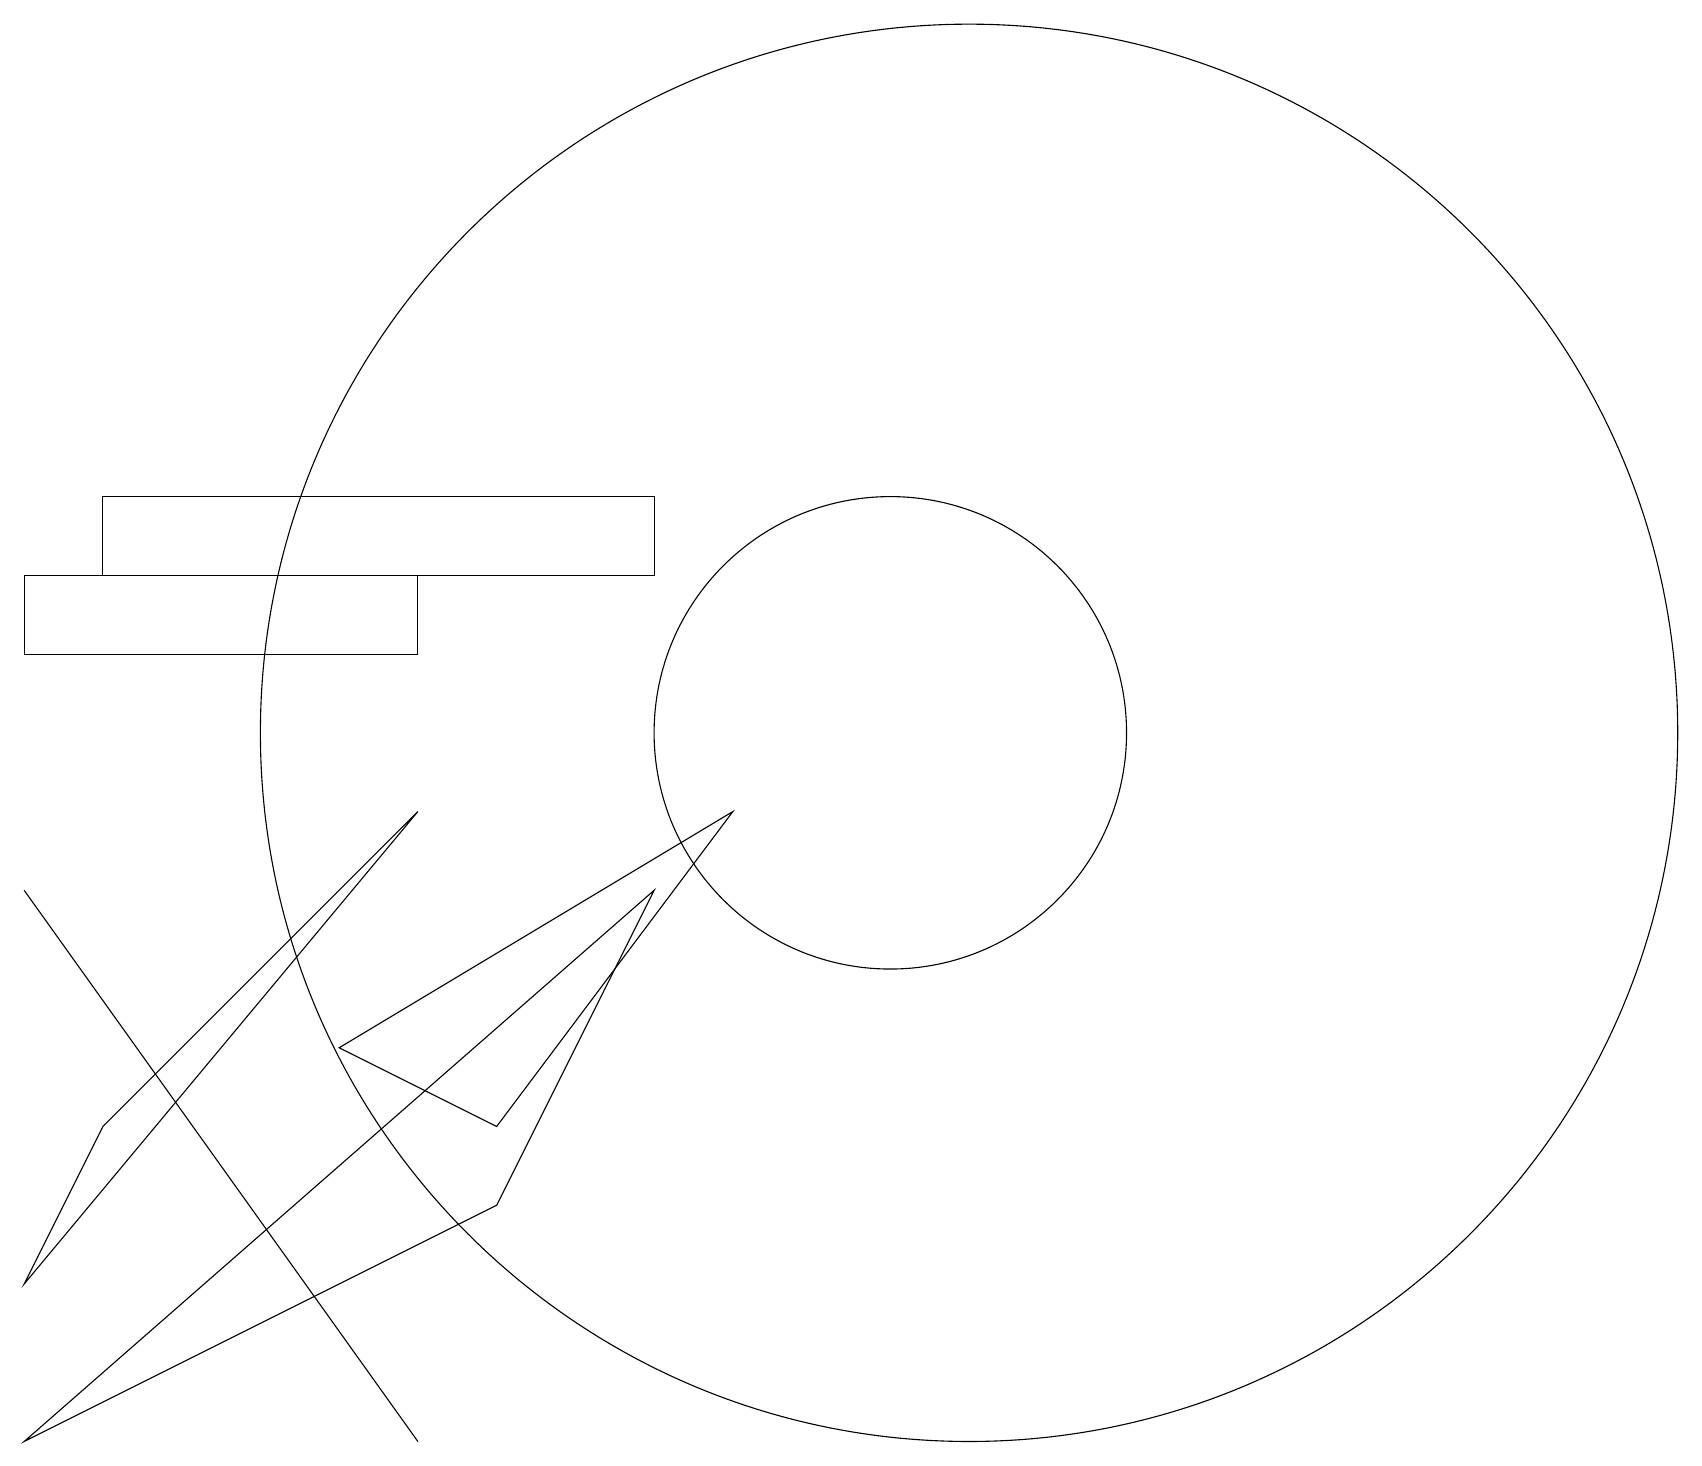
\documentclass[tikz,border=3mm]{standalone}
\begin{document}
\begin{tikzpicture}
\draw (8,13) rectangle (1,12);
\draw (6,5) -- (4,6) -- (9,9) -- cycle;
\draw (11,10) circle (3);
\draw (0,3) -- (5,9) -- (1,5) -- cycle;
\draw (5,1) -- (0,8) -- (0,8) -- cycle;
\draw (12,10) circle (9);
\draw (5,12) rectangle (0,11);
\draw (0,1) -- (8,8) -- (6,4) -- cycle;
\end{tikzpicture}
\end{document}